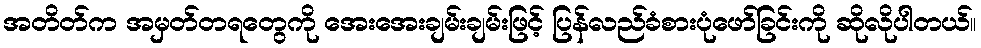
အတိတ်က အမှတ်တရတွေကို အေးအေးချမ်းချမ်းဖြင့် ပြန်လည်ခံစားပုံဖော်ခြင်းကို ဆိုလိုပါတယ်။